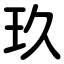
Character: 玖